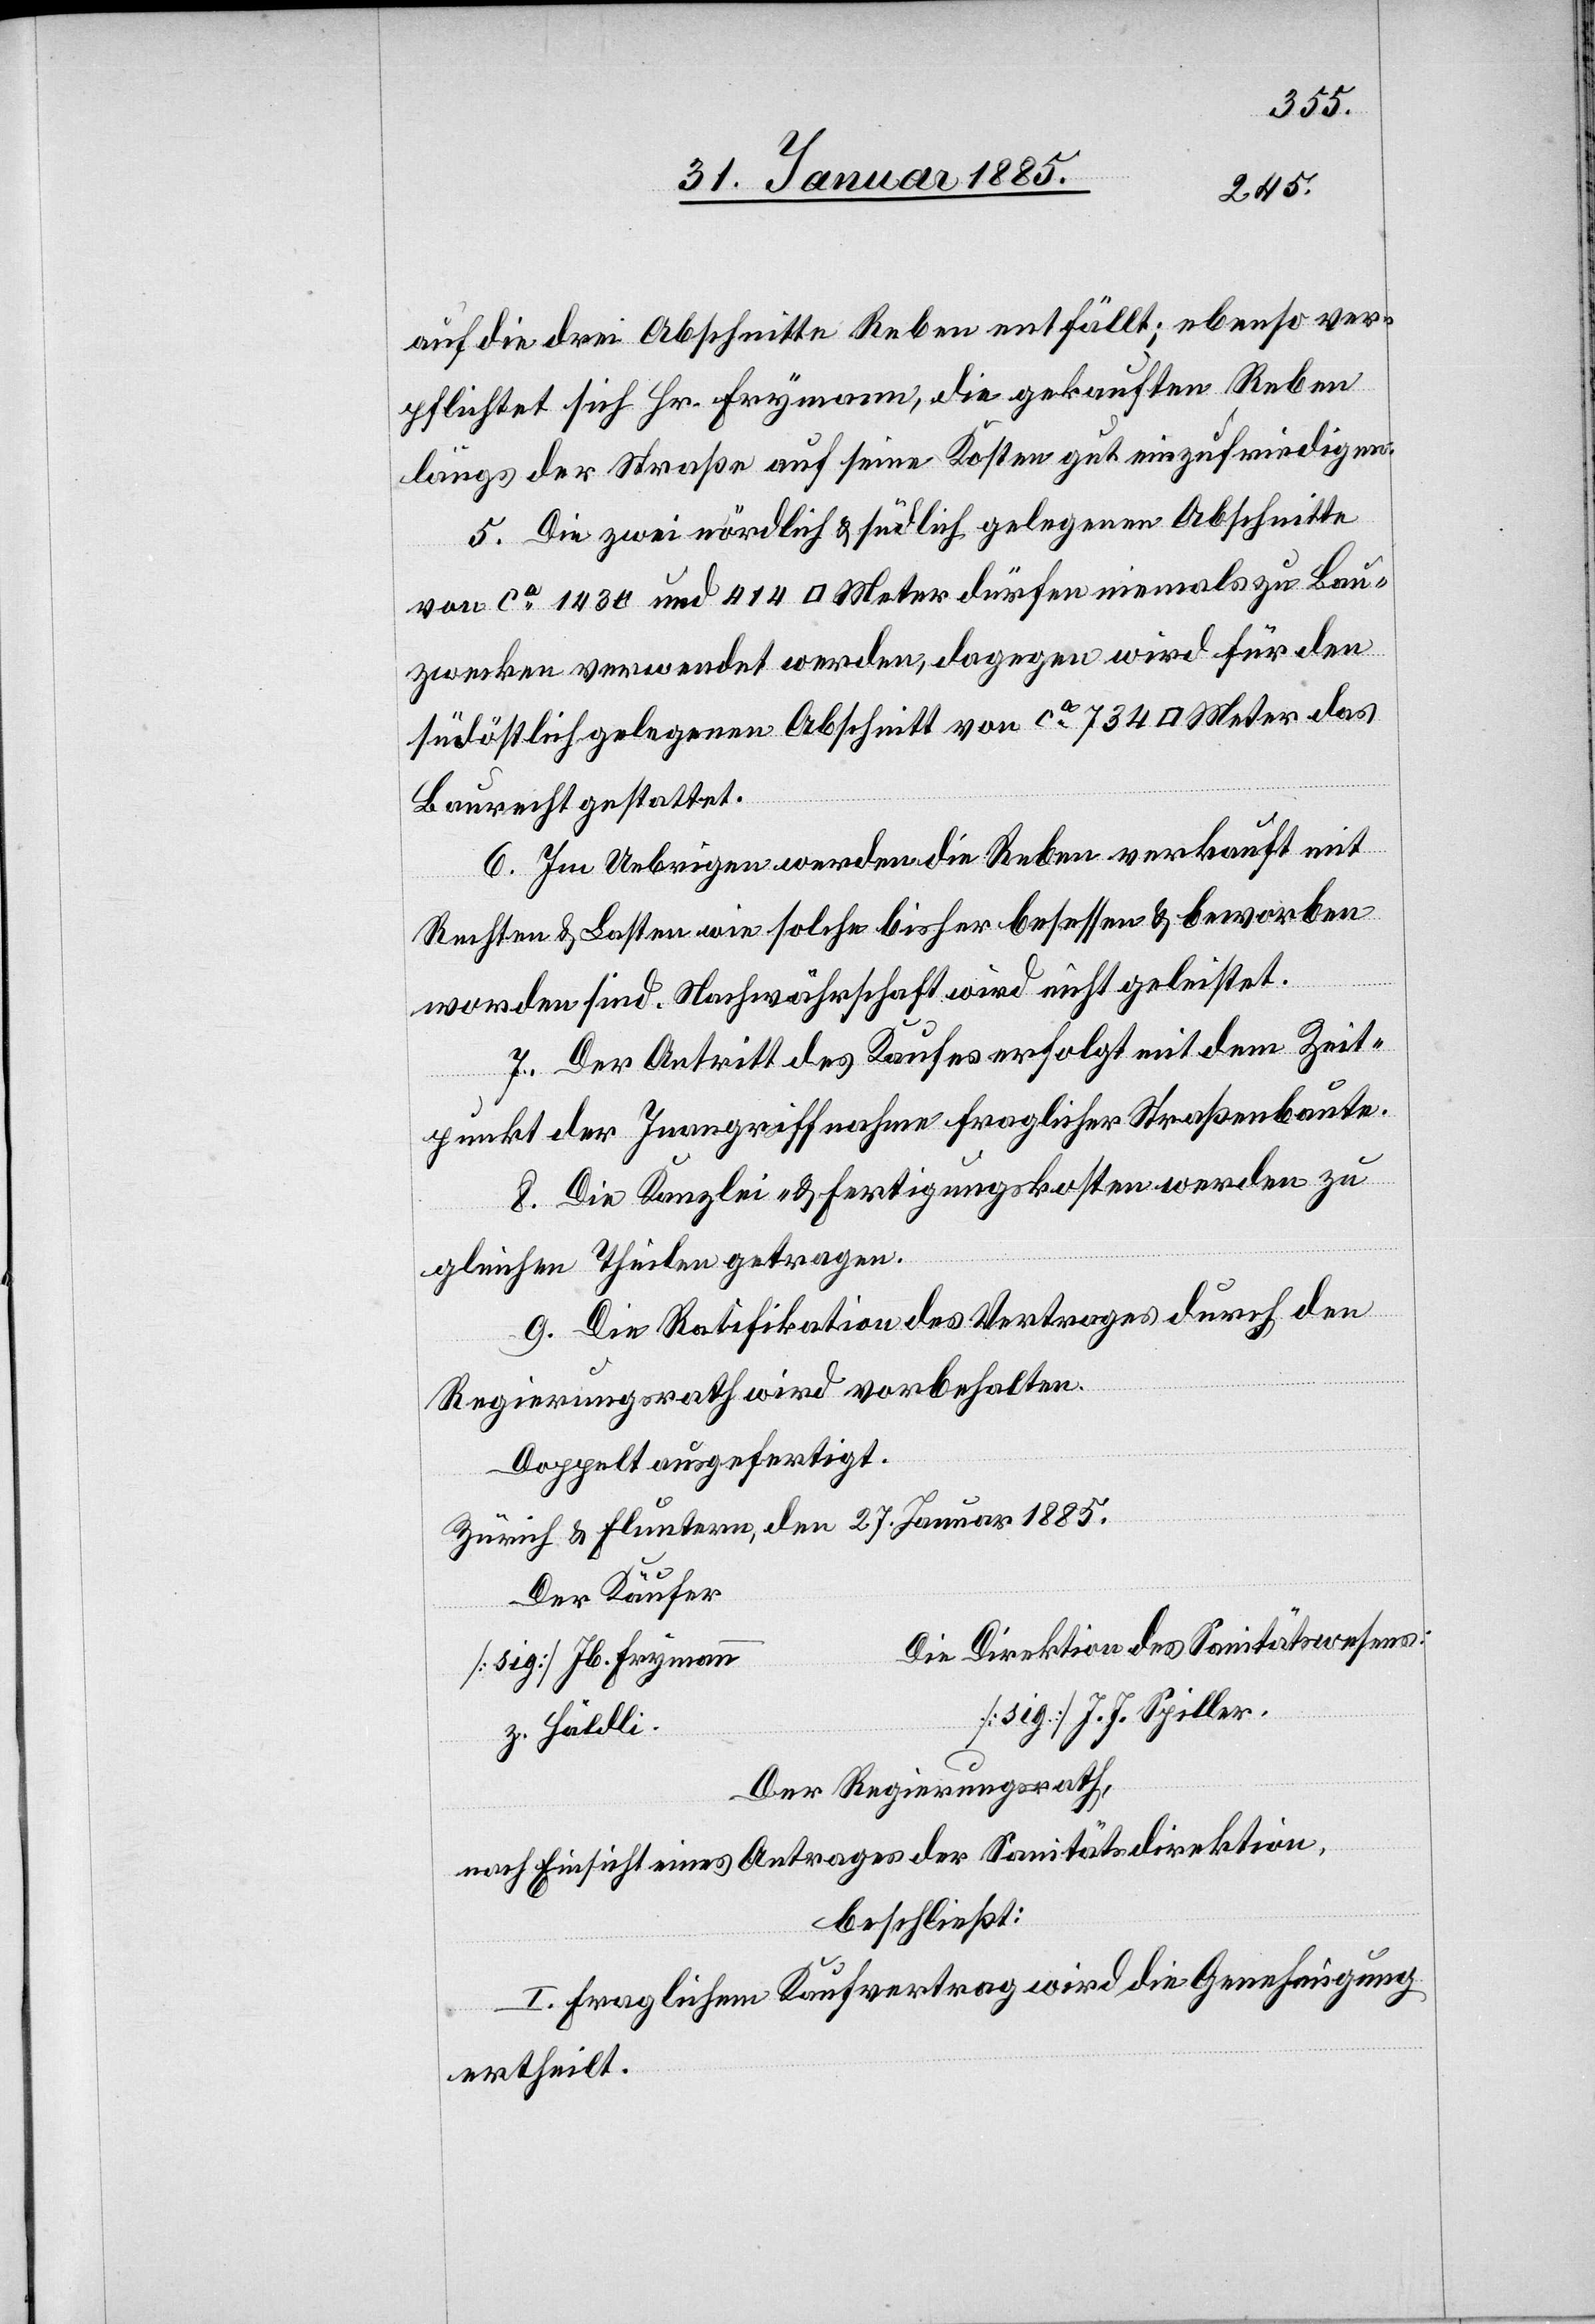
auf die drei Abschnitte Reben entfällt; ebenso ver¬
pflichtet sich Hr. Frymann, die gekauften Reben
längs der Straße auf seine Kosten gut einzufriedigen.
5. Die zwei nördlich & südlich gelegenen Abschnitte
von ca 1430 und 414 [Quadrat]Meter dürfen niemals zu Bau¬
zwecken verwendet werden, dagegen wird für den
südöstlich gelegenen Abschnitt von ca 734 [Quadrat]Meter das
Baurecht gestattet.
6. Im Uebrigen werden die Reben verkauft mit
Rechten & Lasten wie solche bisher besessen & beworben
worden sind. Nachwährschaft wird nicht geleistet.
7. Der Antritt des Kaufes erfolgt mit dem Zeit¬
r			D¬
punkt der Inangriffnahme fraglicher Straßenbaute.
8. Die Kanzlei- & Fertigungskosten werden zu
gleichen Theilen getragen.
9. Die Ratifikation des Vertrages durch den
Regierungsrath wird vorbehalten.
Doppelt ausgefertigt.
Zürich & Fluntern, den 27. Januar 1885.
Der Käufe¬
ie Direktion des Sanitätswesens:
[sig.] Jb. Fryman¬
n		[s¬
ig] J. J. Spiller.
z. Häldli
Der Regierungsrath,
nach Einsicht eines Antrages der Sanitätsdirektion,
beschließt:
I. Fraglichem Kaufvertrag wird die Genehmigung
ertheilt.